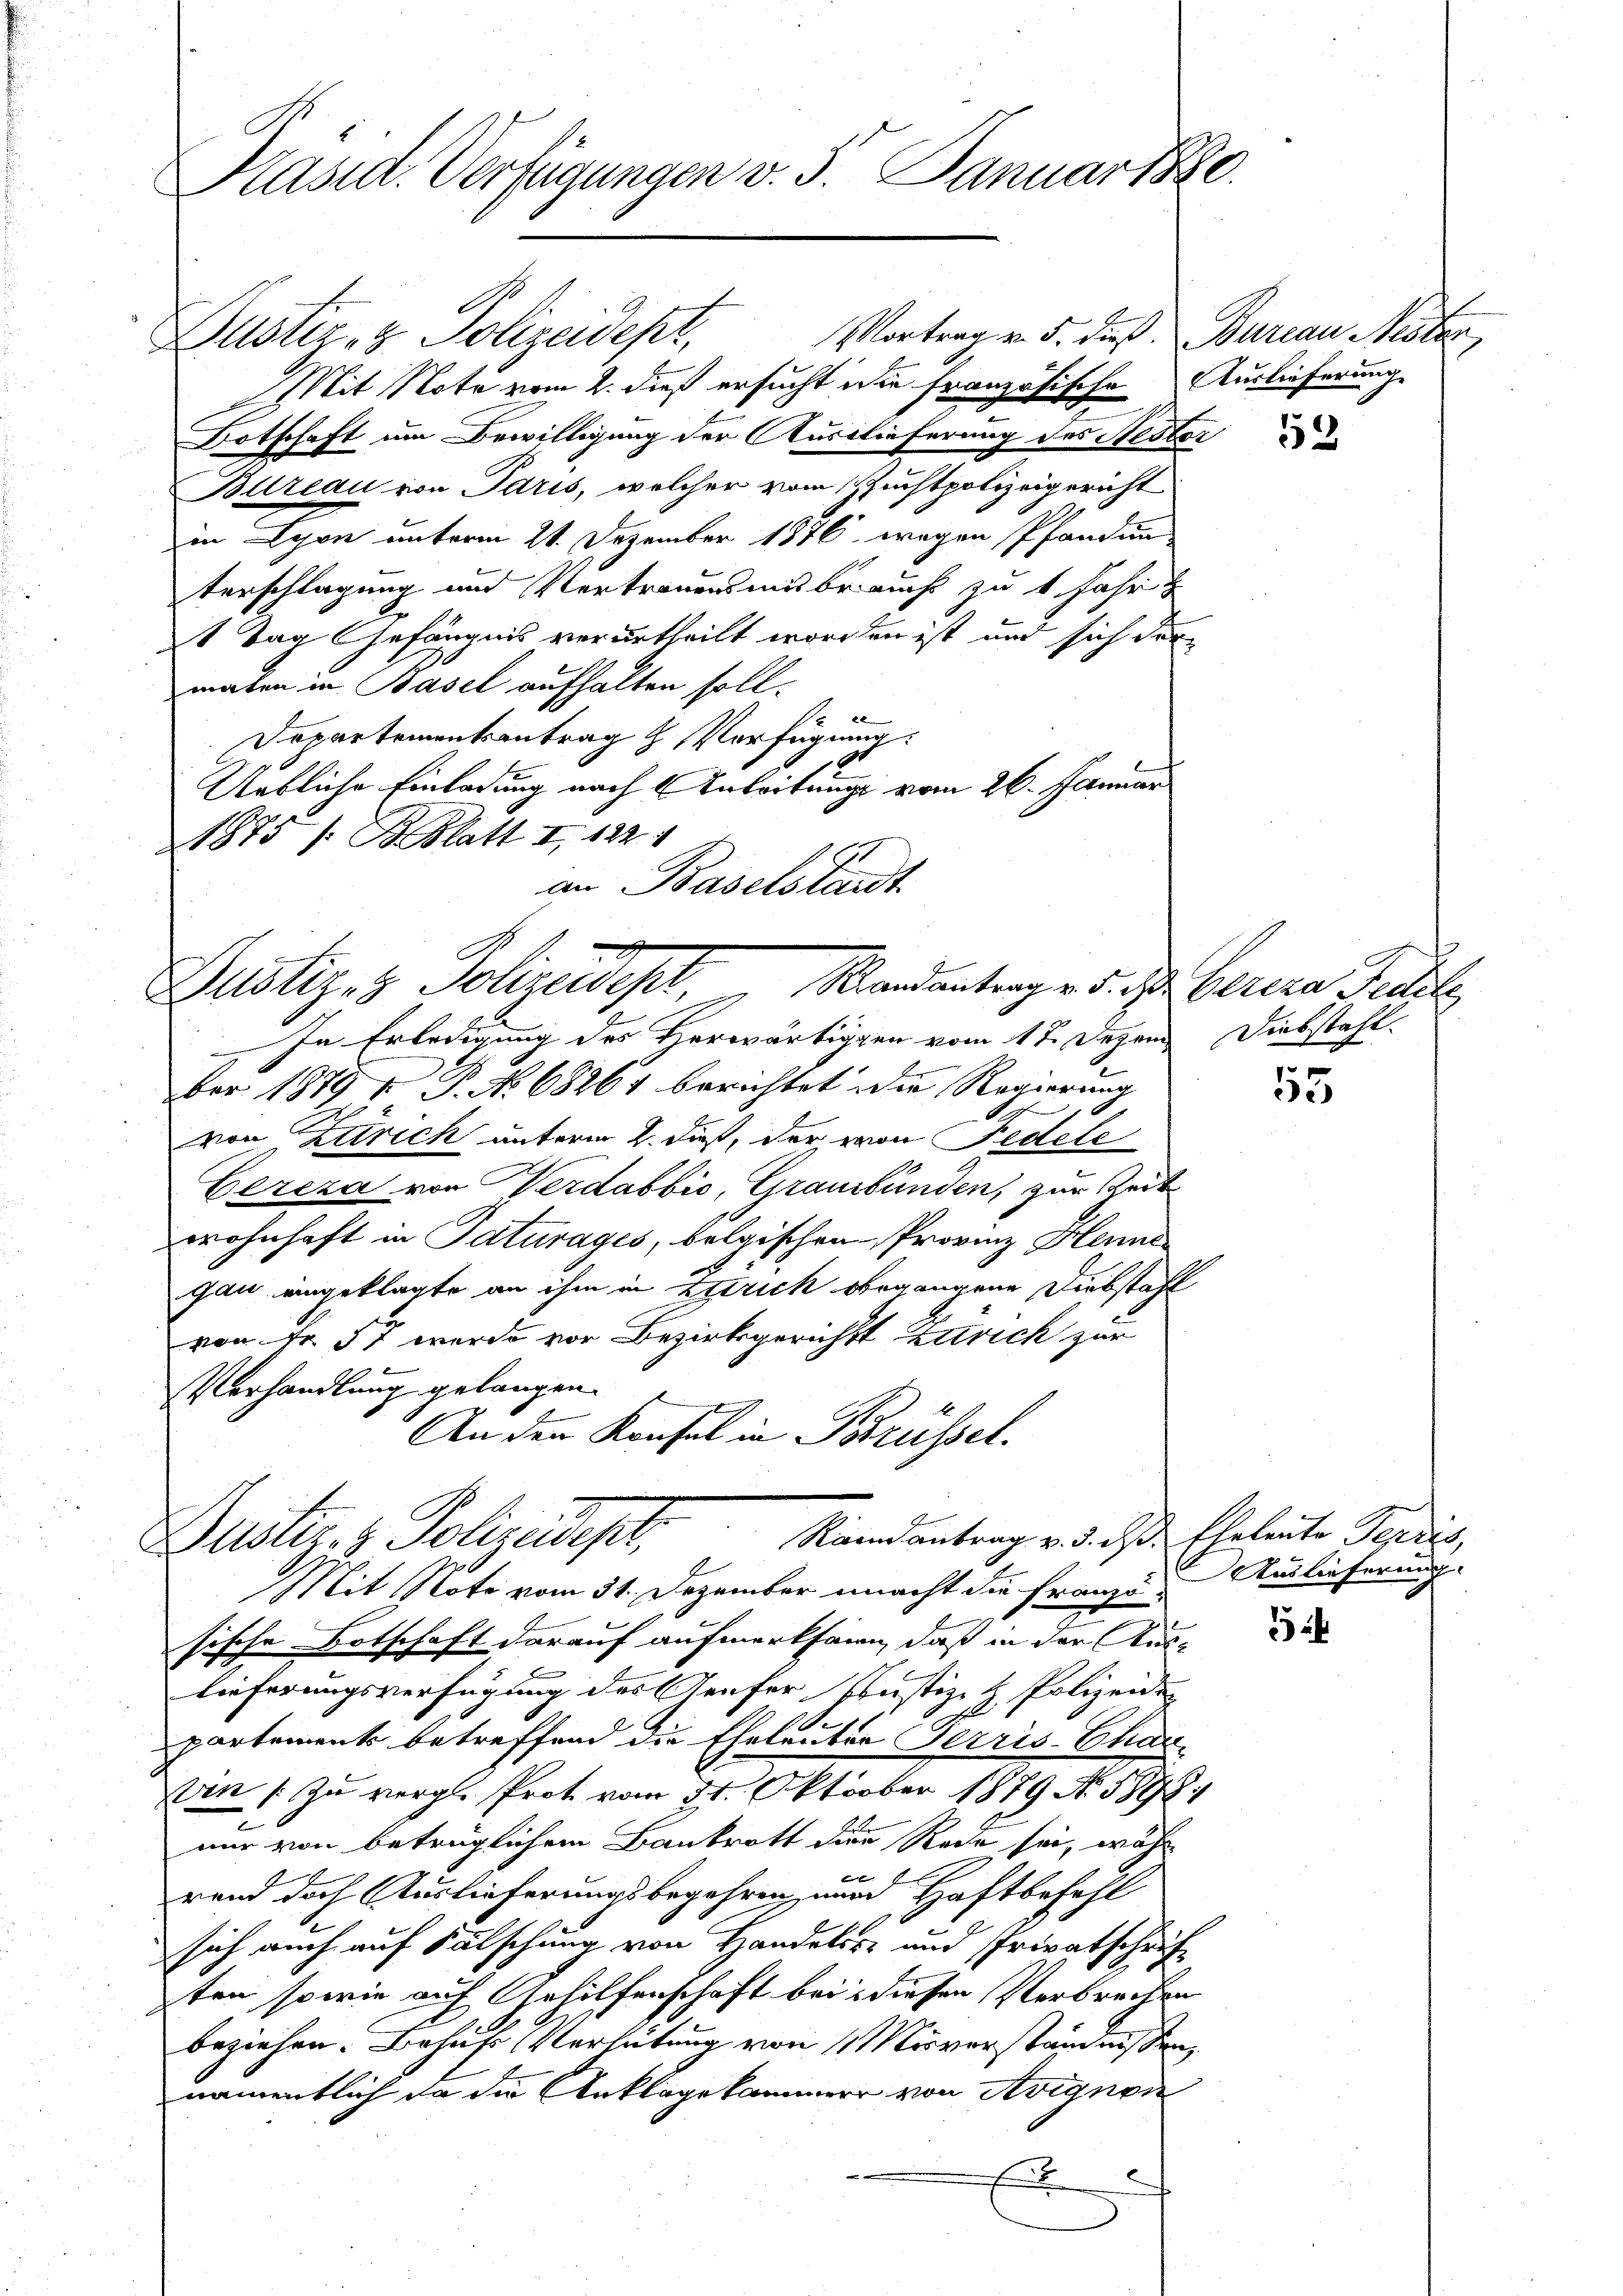
Präsid. Verfügungen v. 5. Januartsze

Vortrag v. 5. dieß.
Dustiz- & Polizeidepr
Mit Note vom 2. dieß ersucht die französische Auslieferung
Botschaft um Bewilligung der Auslieferung des Nestor
Bllreau von Paris, welcher vom Zuchtpolizeigericht
in Lyon unterm 21. Dezember 1876 wegen Pfandau
terschlagung und Vertrauensmissbraucht zu 1 Jahr
1 Tag Gefängnis verurtheilt worden ist und sich der
maten in Basel aufhalten soll.

Departementsantrag Verfügung:
Uebliche Einladung nach Anleitungs vom 26. Januar
1875 / B. Blatt I 1221
an Baselstant
In Erledigung des Herwärtigen vom 1ten Dezem Diebstahl
.
ber 1879 f. P. No 68261 berichtet die Regierung
von Zürich unterm 2. Fuß, der von Fedete
Cereza von Verdabbić, Graubünden, zur Zeit
wohnhaft in Saturages, belgischen Provinz Henne
gau eingeklagte an ihm in Estrich begangene Diebstahl
von Fr. 57 wurde vor Bezirksgerichts Zürich zur
Verhandlung gelangen.
An den Konsel in Brüssel.
Randantrag v. d. d. Eheleute Terris,
Justiz- & Polizadept.
Mit Note vom 31. Dezember macht die Franze Auslieferung
sische Botschaft darauf aufmerksam, daß in der Aus-
lieferungsverfügung des Teufer Justiz & Polizeide
partements betreffend die Eheleuter Terris-Chann / zu vergl. Prot. vom 31. Oktober 1879 No. 589.
e
nur von betrüglichem Bankrott die Rede sei, währ
b
rend doch Auslieferungsbegehren, ward Haftbefehl
sich auch auf Fälschung von Handels- und Privatschrift
ten sowie auf Artilfenschaft bei: diesen Verbrechen
beziehen. Behuf Verhütung von Misverständnissen
namentlich da die Anklage kammer von Avignon
E

2
Dustiz- & Polizeidept, Randantrag v. 5. d. Bereza Fedel

Burian Nester

u

553

15

5